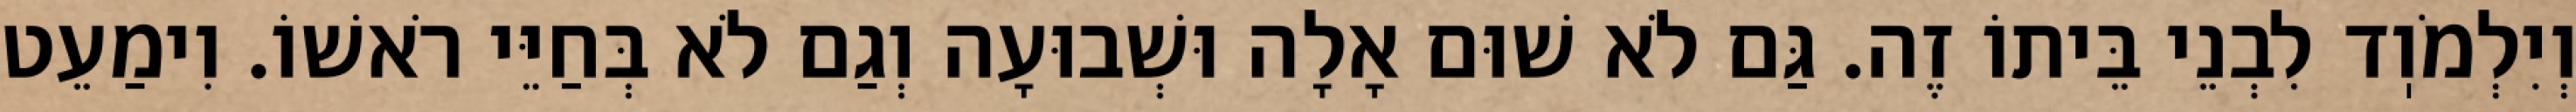
וְיִלְמֹוֽד לִבְנֵי בֵּיתוֹ זֶה. גַּם לֹא שׁוּם אָלָה וּשְׁבוּעָה וְגַם לֹא בְּחַיֵּי רֹאשׁוֹ. וִימַעֵט